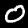
Label: 0